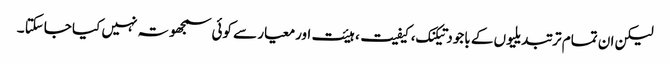
لیکن ان تمام تر تبدیلیوں کے باجود تیکنک، کیفیت، ہیئت اورمعیار سے کوئی سمجھوتہ نہیں کیا جاسکتا ۔